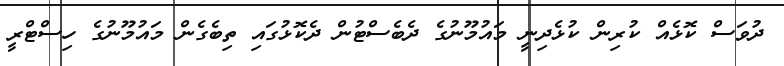
ދުވަސް ކޮޅެއް ކުރިން ކުޅެދިނީ މައުމޫނުގެ ދެބެސްޓުން ދެކޮޅުގައި ތިބެގެން މައުމޫނުގެ ހިސްޓްރީ